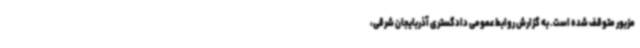
مزبور متوقف شده است. به گزارش روابط عمومی دادگستری آذربایجان شرقی،